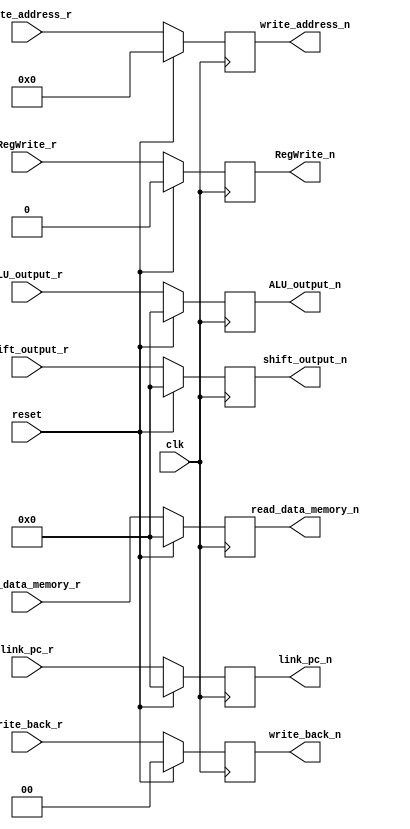
//`timescale 1ns / 1ps
//////////////////////////////////////////////////////////////////////////////////
// Company: 
// Engineer: 
// 
// Design Name: 
// Module Name: d_flip_flop_mem_wb
// Project Name: 
// Target Devices: 
// Tool Versions: 
// Description: 
// 
// Dependencies: 
// 
// Revision:
// Revision 0.01 - File Created
// Additional Comments:
// 
//////////////////////////////////////////////////////////////////////////////////


module d_flip_flop_mem_wb(
                          input clk,
                          input reset,
                          input [1:0] write_back_r,
                          input [15:0] link_pc_r,
                          input [3:0] write_address_r,
                          input [15:0] ALU_output_r,
                          input [15:0] shift_output_r,
                          input [15:0] read_data_memory_r,
                          input RegWrite_r,
                          
                          output reg [1:0] write_back_n,
                          output reg [15:0] link_pc_n,
                          output reg [3:0] write_address_n,
                          output reg [15:0] ALU_output_n,
                          output reg [15:0] shift_output_n,
                          output reg [15:0] read_data_memory_n,
                          output reg RegWrite_n
                          );
                          
always @(posedge clk)
 begin
  if (reset == 1'b1)
   begin
    write_back_n <= 2'b00;
    link_pc_n <= 16'h0000;
    write_address_n <= 4'b0000;
    ALU_output_n <= 16'h0000;
    shift_output_n <= 16'h0000;
    read_data_memory_n <= 16'h0000;
    RegWrite_n <= 1'b0;
   end
  else 
   begin
    write_back_n <= write_back_r;
    link_pc_n <= link_pc_r;
    write_address_n <= write_address_r; 
    ALU_output_n <= ALU_output_r;
    shift_output_n <= shift_output_r; 
    read_data_memory_n <= read_data_memory_r;
    RegWrite_n <= RegWrite_r;  
   end
 end                         
                          
                          
                          
                          
                          
                          
                          
                          
endmodule